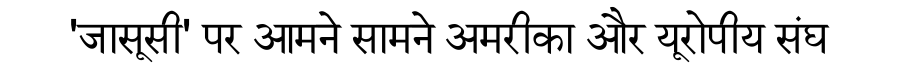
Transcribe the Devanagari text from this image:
'जासूसी' पर आमने सामने अमरीका और यूरोपीय संघ